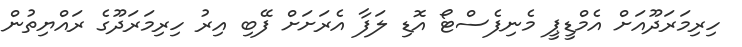
ހިރިމަރަދޫއަށް އެމްޑީޕީ މެނިފެސްޓޯ އޮޑި ލަފާ އެރަށަށް ފޭބި އިރު ހިރިމަރަދޫގެ ރައްޔިތުން